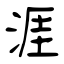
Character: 涯